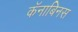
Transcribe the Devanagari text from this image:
कॅनाबिनस